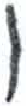
אות: ו